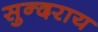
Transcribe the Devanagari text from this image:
सुन्दराय